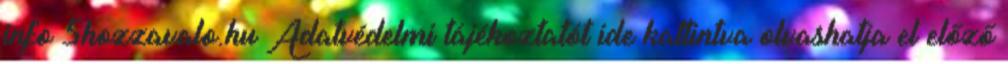
info 5hozzavalo.hu Adatvédelmi tájékoztatót ide kattintva olvashatja el előző